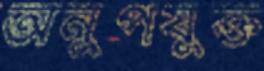
অনুপযুক্ত